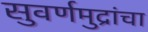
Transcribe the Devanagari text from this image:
सुवर्णमुद्रांचा